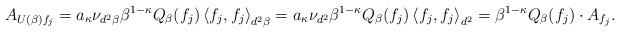
LaTeX: \begin{align*} A_{U(\beta)f_j} &= a_{\kappa} \nu_{d^2 \beta} \beta^{1-\kappa} Q_\beta(f_j) \left\langle f_j, f_j \right \rangle_{ d^2 \beta} = a_{\kappa} \nu_{d^2} \beta^{1-\kappa} Q_\beta(f_j) \left\langle f_j, f_j \right \rangle_{ d^2 } = \beta^{1-\kappa} Q_\beta(f_j) \cdot A_{f_j}.\end{align*}